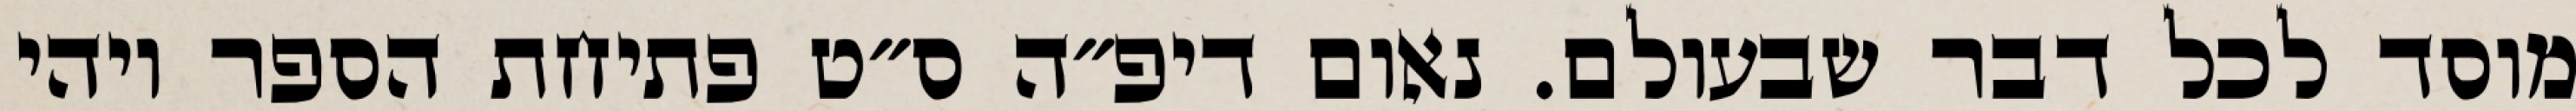
מוסד לכל דבר שבעולם. נאום דיפ״ה ס״ט פתיחת הספר ויהי